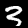
Digit: 3